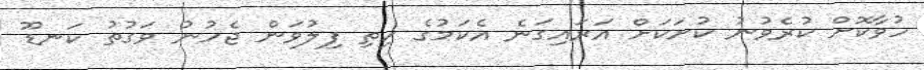
ހުވާކޮށް ކުރެވުނު ކުށަކަށް އަރައިގަނެ އެކަމުގެ ހިތި ފިލުވަން ޖެހުނު ވަގުތު ކަނޑޫ